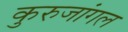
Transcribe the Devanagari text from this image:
कुरुजांगल